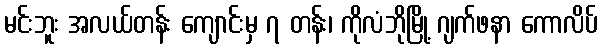
မင်းဘူး အလယ်တန်း ကျောင်းမှ ၇ တန်း၊ ကိုလံဘိုမြို့ ဂျက်ဖနာ ကောလိပ်